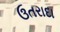
ઉતરાદા